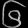
Digit: ၆